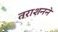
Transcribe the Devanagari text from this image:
तराशनने